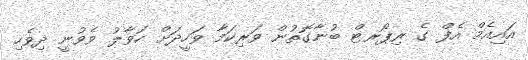
އައިއެމް އެފް ގެ ރިޕޯޜޓް ބުނާގޮތުން ވަރިކަމާ ވަހީދަށް ހަވާލު ވެވުނީ ދިވެހި